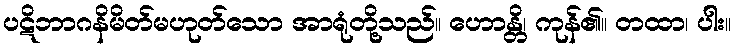
ပဋိဘာဂနိမိတ်မဟုတ်သော အာရုံတို့သည်။ ဟောန္တိ၊ ကုန်၏။ တထာ၊ ပါး။